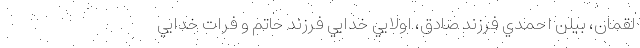
لقمان، بيلن احمدي فرزند صادق، اولايي خدايي فرزند حاتم و فرات خدايي